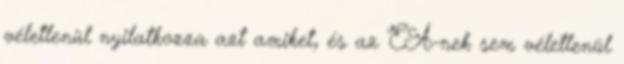
véletlenül nyilatkozza azt amiket, és az EA-nek sem véletlenül